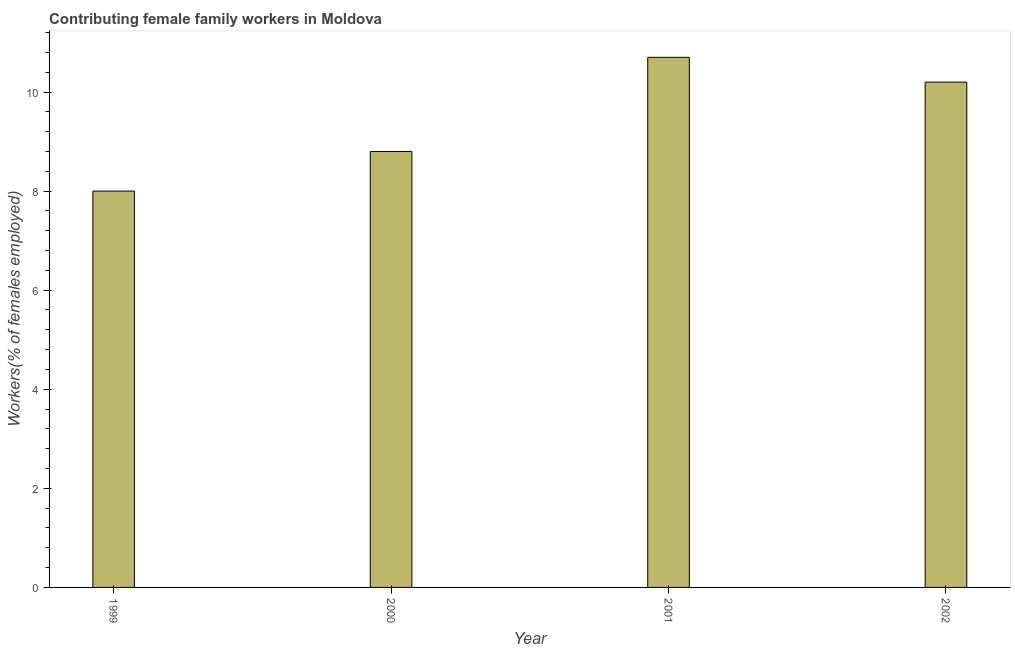
| Year | Contributing family workers |
 | --- | --- |
 | 1999 | 8 |
 | 2000 | 8.8 |
 | 2001 | 10.7 |
 | 2002 | 10.2 |